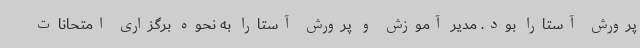
پرورش آستارا بود. مدیر آموزش و پرورش آستارا به نحوه برگزاری امتحانات